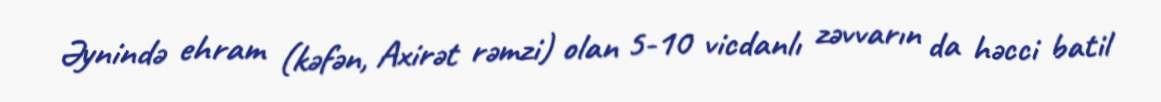
Əynində ehram (kəfən, Axirət rəmzi) olan 5-10 vicdanlı zəvvarın da həcci batil